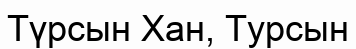
Түрсын Хан, Турсын